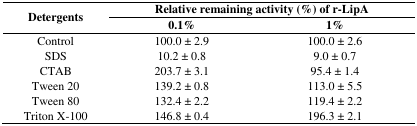
<table><thead><tr><td rowspan="2"><b>Detergents</b></td><td colspan="2"><b>Relative remaining activity (%) of r-LipA</b></td></tr><tr><td><b>0.1%</b></td><td><b>1%</b></td></tr></thead><tbody><tr><td>Control</td><td>100.0 ± 2.9</td><td>100.0 ± 2.6</td></tr><tr><td>SDS</td><td>10.2 ± 0.8</td><td>9.0 ± 0.7</td></tr><tr><td>CTAB</td><td>203.7 ± 3.1</td><td>95.4 ± 1.4</td></tr><tr><td>Tween 20</td><td>139.2 ± 0.8</td><td>113.0 ± 5.5</td></tr><tr><td>Tween 80</td><td>132.4 ± 2.2</td><td>119.4 ± 2.2</td></tr><tr><td>Triton X-100</td><td>146.8 ± 0.4</td><td>196.3 ± 2.1</td></tr></tbody></table>